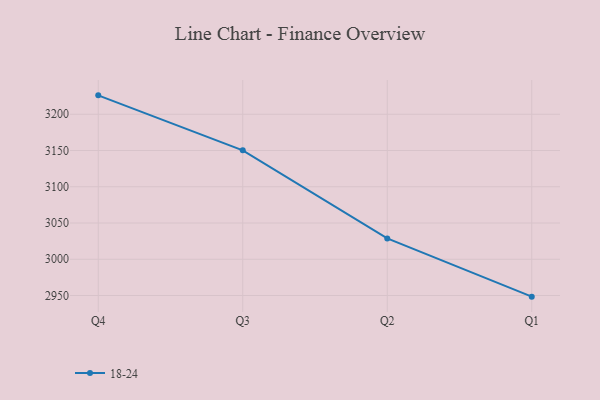
{"axis": {"x": "Quarter", "y": "LTV (USD)"}, "legend": ["18-24"], "data": [{"x": "Q4", "y": 3226.1, "type": "18-24"}, {"x": "Q3", "y": 3150.3, "type": "18-24"}, {"x": "Q2", "y": 3028.7, "type": "18-24"}, {"x": "Q1", "y": 2948.4, "type": "18-24"}]}